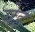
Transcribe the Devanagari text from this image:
येइ